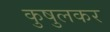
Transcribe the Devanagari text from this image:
कुषुलकर